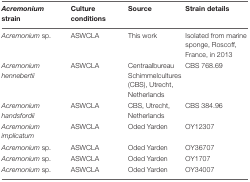
<table><thead><tr><td><b><i>Acremonium</i> strain</b></td><td><b>Culture conditions</b></td><td><b>Source</b></td><td><b>Strain details</b></td></tr></thead><tbody><tr><td><i>Acremonium</i> sp.</td><td>ASWCLA</td><td>This work</td><td>Isolated from marine sponge, Roscoff, France, in 2013</td></tr><tr><td><i>Acremonium hennebertii</i></td><td>ASWCLA</td><td>Centraalbureau Schimmelcultures (CBS), Utrecht, Netherlands</td><td>CBS 768.69</td></tr><tr><td><i>Acremonium handsfordii</i></td><td>ASWCLA</td><td>CBS, Utrecht, Netherlands</td><td>CBS 384.96</td></tr><tr><td><i>Acremonium implicatum</i></td><td>ASWCLA</td><td>Oded Yarden</td><td>OY12307</td></tr><tr><td><i>Acremonium</i> sp.</td><td>ASWCLA</td><td>Oded Yarden</td><td>OY36707</td></tr><tr><td><i>Acremonium</i> sp.</td><td>ASWCLA</td><td>Oded Yarden</td><td>OY1707</td></tr><tr><td><i>Acremonium</i> sp.</td><td>ASWCLA</td><td>Oded Yarden</td><td>OY34007</td></tr></tbody></table>